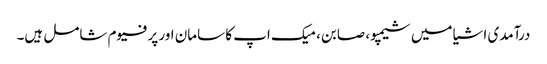
درآمدی اشیا میں شیمپو، صابن، میک اپ کا سامان اور پرفیوم شامل ہیں۔